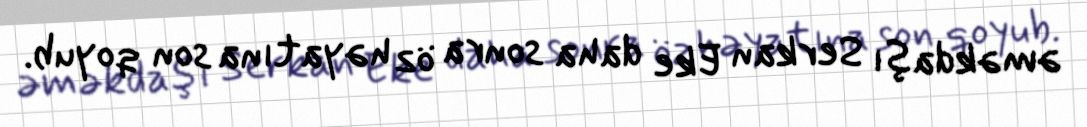
əməkdaşı Serkan Eke daha sonra öz həyatına son qoyub.